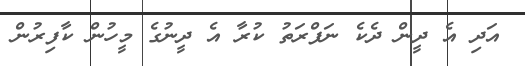
އަދި އެ ދީން ދެކެ ނަފްރަތު ކުރާ އެ ދީނުގެ މީހުން ކާފިރުން